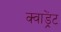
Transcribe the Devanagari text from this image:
क्वाड्रेंट